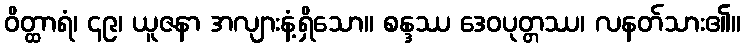
ဝိတ္ထာရံ၊ ၄၉၊ ယူဇနာ အလျားနံ့ရှိသော။ စန္ဒဿ ဒေဝပုတ္တဿ၊ လနတ်သား၏။